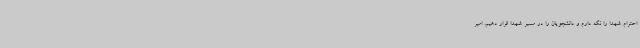
احترام شهدا را نگه دارم و دانشجویان را در مسیر شهدا قرار دهیم. امیر